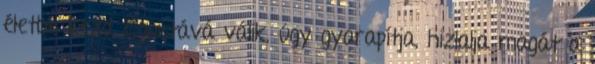
életbe kezd. Egoistává válik, úgy gyarapítja, hizlalja magát a